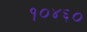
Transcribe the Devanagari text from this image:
१०४६०